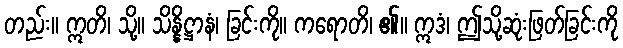
တည်း။ ဣတိ၊ သို့။ သိန္နိဋ္ဌာနံ၊ ခြင်းကို။ ကရောတိ၊ ၏။ ဣဒံ၊ ဤသို့ဆုံးဖြတ်ခြင်းကို